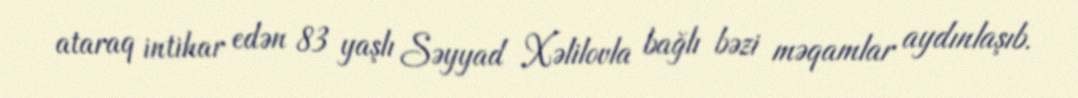
ataraq intihar edən 83 yaşlı Səyyad Xəlilovla bağlı bəzi məqamlar aydınlaşıb.